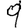
Digit: 9